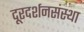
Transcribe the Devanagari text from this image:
दूरदर्शनसंस्था